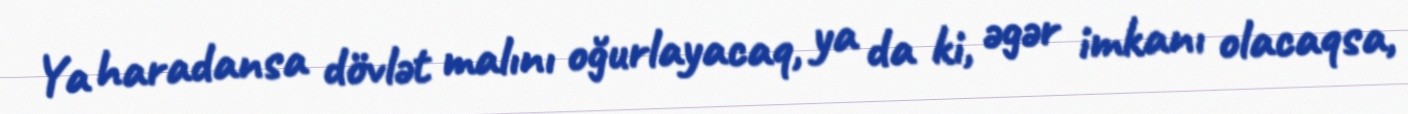
Ya haradansa dövlət malını oğurlayacaq, ya da ki, əgər imkanı olacaqsa,